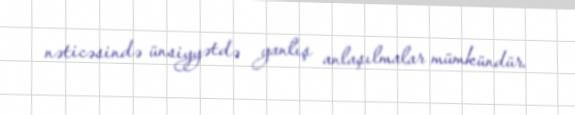
nəticəsində ünsiyyətdə yanlış anlaşılmalar mümkündür.